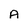
Character: A